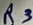
Text: R3